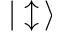
| \updownarrow \, \rangle